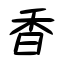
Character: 香